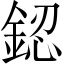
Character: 𨧟